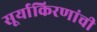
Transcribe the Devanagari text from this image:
सूर्याकिरणांची